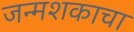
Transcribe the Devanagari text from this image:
जन्मशकाचा